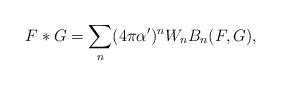
LaTeX: \begin{align*}F*G = \sum_n (4 \pi \alpha ')^n W_n B_n(F,G),\end{align*}